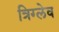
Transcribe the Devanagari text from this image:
त्रिग्लेव